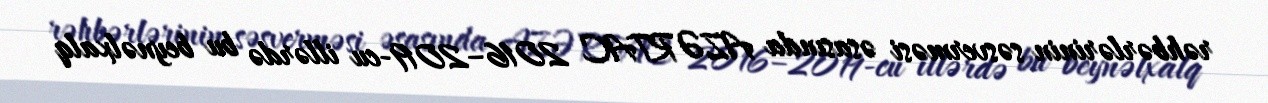
rəhbərlərinin səsverməsi əsasında AZƏRTAC 2016–2019-cu illərdə bu beynəlxalq